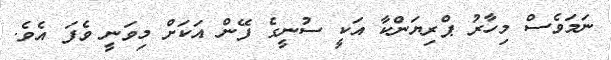
ނަމަވެސް މިހާރު ޕްރިޔަންކާ އަކީ ސުނީގެ ފޭން އަކަށް މިވަނީ ވެފަ އެވެ.